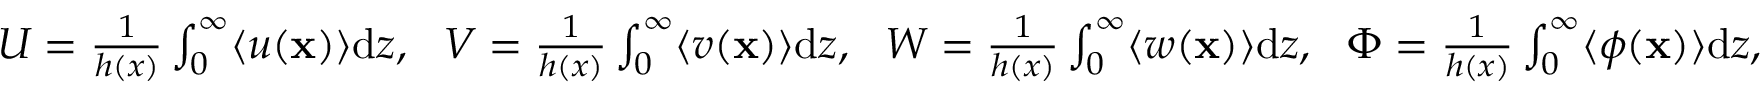
\begin{array} { r } { U = \frac { 1 } { h ( x ) } \int _ { 0 } ^ { \infty } \langle u ( \mathbf { x } ) \rangle \mathrm { d } z , \ \ V = \frac { 1 } { h ( x ) } \int _ { 0 } ^ { \infty } \langle v ( \mathbf { x } ) \rangle \mathrm { d } z , \ \ W = \frac { 1 } { h ( x ) } \int _ { 0 } ^ { \infty } \langle w ( \mathbf { x } ) \rangle \mathrm { d } z , \ \ \Phi = \frac { 1 } { h ( x ) } \int _ { 0 } ^ { \infty } \langle \phi ( \mathbf { x } ) \rangle \mathrm { d } z , \ \ } \end{array}